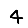
Digit: 4